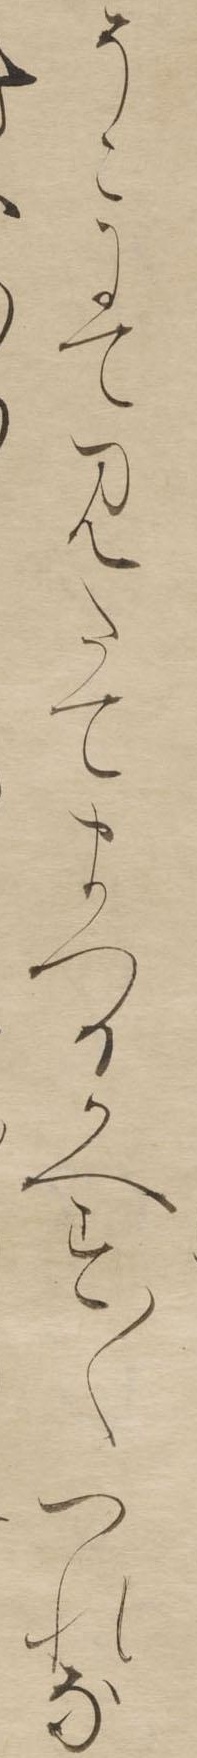
そこにてみたてまつるかへす〱つれな